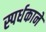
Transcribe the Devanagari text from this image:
स्पर्धकाने